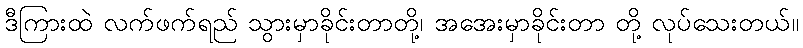
ဒီကြားထဲ လက်ဖက်ရည် သွားမှာခိုင်းတာတို့၊ အအေးမှာခိုင်းတာ တို့ လုပ်သေးတယ်။